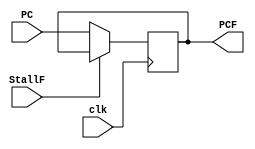
module PC_StallF(clk, StallF, PC, PCF); 

    input clk;
    input StallF;
    input [31:0] PC;

    output reg [31:0] PCF;

    initial begin 
        PCF = 32'h00400030; // Is it correct?
    end 

    always@(posedge clk)
    begin      
        if(!StallF)
        begin
            PCF <= PC;
        end
        else 
        begin
            // Is it correct? Stay the same as what professor told me 
            PCF <= PCF; 
        end
    end

endmodule